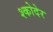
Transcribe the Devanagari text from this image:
श्कोदेर